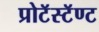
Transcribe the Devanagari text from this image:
प्रोटॅस्टॅण्ट